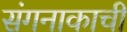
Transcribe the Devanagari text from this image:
संगनाकाची